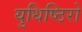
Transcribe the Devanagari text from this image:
युधिष्ठिरो